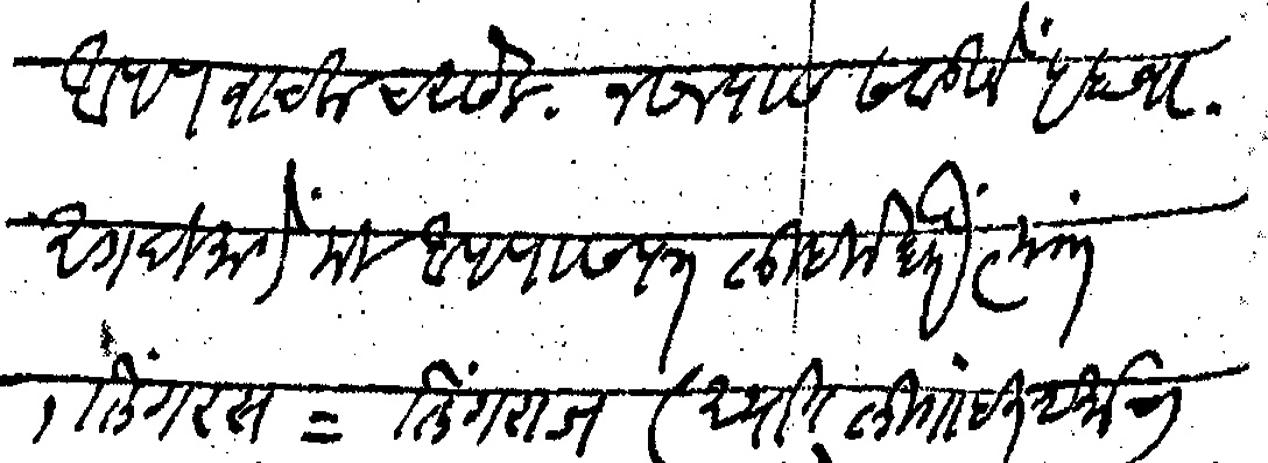
Transliteration (Devanagari): आपण वाचलाच असेल नसल्यास सवडीने पहावा अगदी मागे मी आपणास पत्र लिहिले होते त्यांत १ लिंगरस  लिंगराज अर्थात लिंगाइत धर्माचा